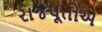
રાજપૂતોએ